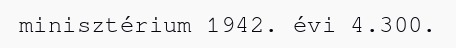
minisztérium 1942. évi 4.300.